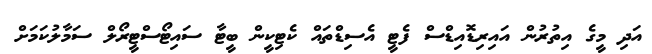
އަދި މީގެ އިތުރުން އައިރިޑޮއިޑްސް ފެޓީ އެސިޑްތައް ކެޓިކީން ބީޓާ ސައިޓޯސްޓީރޯލް ސަމާލުކަމަށް